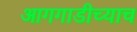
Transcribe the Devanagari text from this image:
आगगाडीच्याच